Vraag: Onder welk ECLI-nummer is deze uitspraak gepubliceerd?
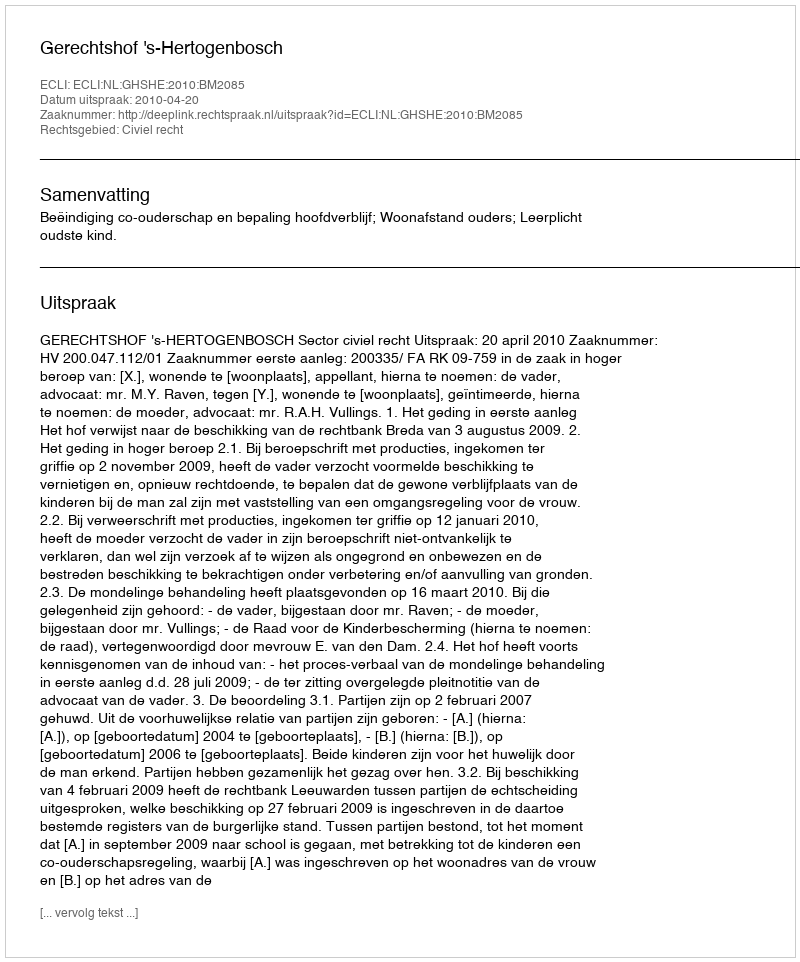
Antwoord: ECLI:NL:GHSHE:2010:BM2085